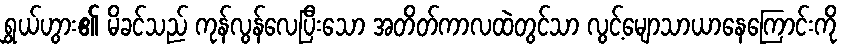
ရွှယ်ဟွား၏ မိခင်သည် ကုန်လွန်လေပြီးသော အတိတ်ကာလထဲတွင်သာ လွင့်မျောသာယာနေကြောင်းကို